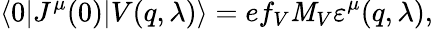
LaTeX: \langle0|J^{\mu}(0)|V(q,\lambda)\rangle=ef_{V}\mathit{M}_{V}\varepsilon^{\mu}(q,\lambda),